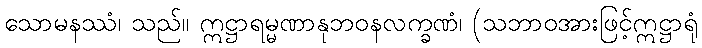
သောမနဿံ၊ သည်။ ဣဋ္ဌာရမ္မဏာနုဘဝနလက္ခဏံ၊ (သဘာဝအားဖြင့်ဣဋ္ဌာရုံ